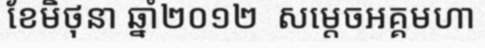
ខែមិថុនា ឆ្នាំ២០១២  សម្តេចអគ្គមហា